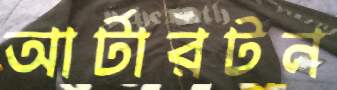
আর্টারটন